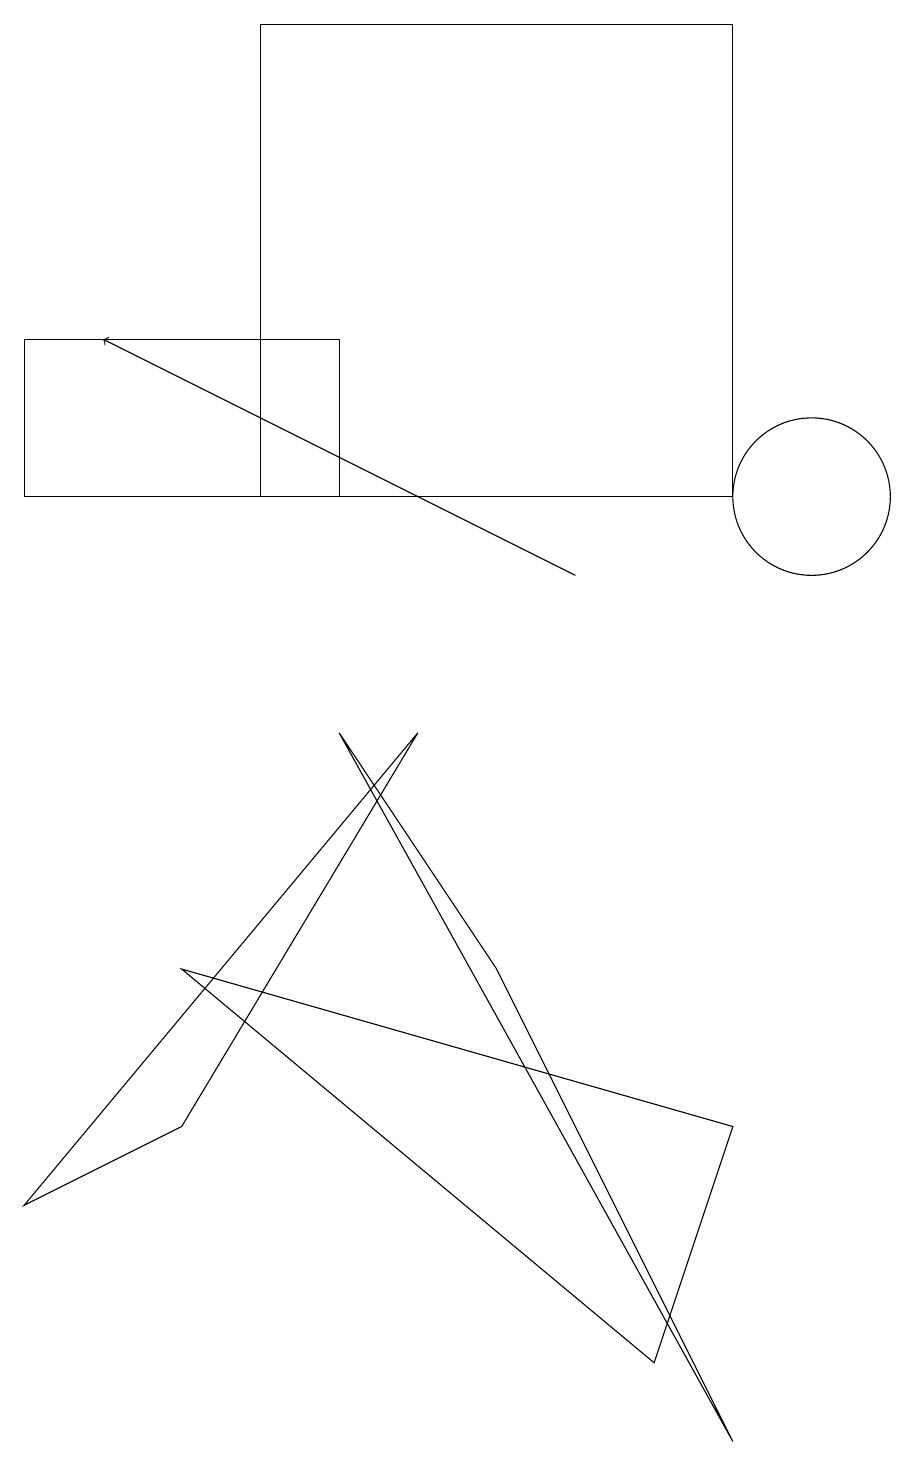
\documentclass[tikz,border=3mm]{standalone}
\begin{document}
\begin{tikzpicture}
\draw[->] (7,11) -- (1,14);
\draw (10,12) circle (1);
\draw (11,12) circle (0);
\draw (0,12) rectangle (4,14);
\draw (8,1) -- (9,4) -- (2,6) -- cycle;
\draw (9,18) rectangle (3,12);
\draw (2,4) -- (0,3) -- (5,9) -- cycle;
\draw (6,6) -- (9,0) -- (4,9) -- cycle;
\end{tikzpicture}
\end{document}